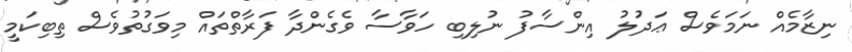
ނިޒާމެއް ނަމަވެސް ޢަދުލު އިންސާފު ނުލިބި ހަވާސާ ވެގެންދާ ފަރާތްތައް މިވަގުތުވެސް ތިބިކަމީ